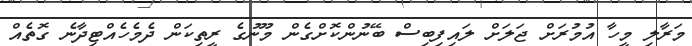
މަރާލި މީހާ އުމުރަށް ޖަލަށް ލައިފިބިސް ބޭނުންކޮށްގެން މޫނުގެ ރީތިކަން ދެމެހެއްޓިދާނެ ގޮތެއް